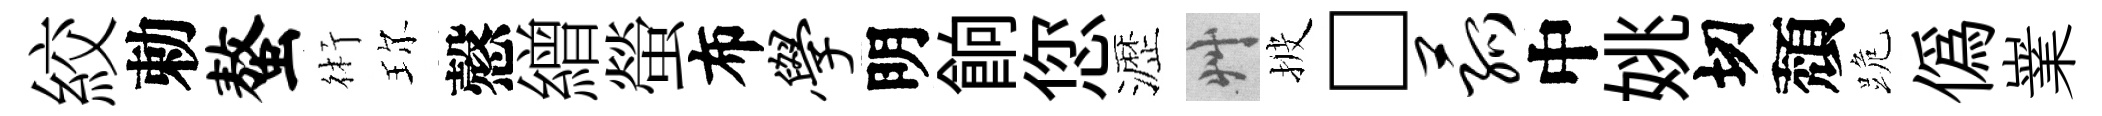
絞勅螯術珎慤繒螢布学明餉您瀝艸披□菰中姚切頽跪偽嶪